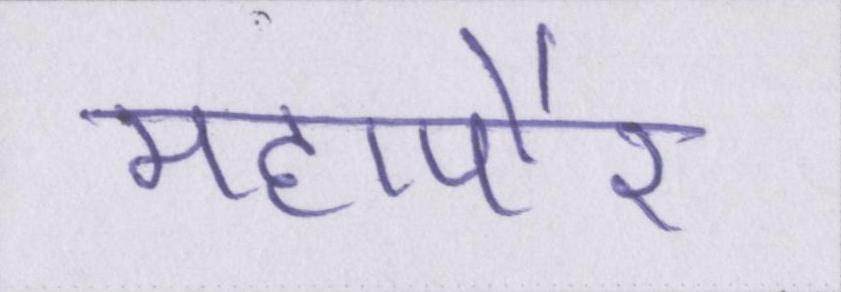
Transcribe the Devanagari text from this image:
महापौर